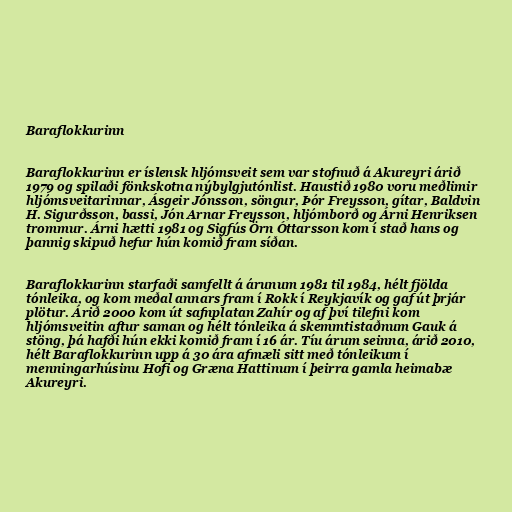
Baraflokkurinn

Baraflokkurinn er íslensk hljómsveit sem var stofnuð á Akureyri árið
1979 og spilaði fönkskotna nýbylgjutónlist. Haustið 1980 voru meðlimir
hljómsveitarinnar, Ásgeir Jónsson, söngur, Þór Freysson, gítar, Baldvin
H. Sigurðsson, bassi, Jón Arnar Freysson, hljómborð og Árni Henriksen
trommur. Árni hætti 1981 og Sigfús Örn Óttarsson kom í stað hans og
þannig skipuð hefur hún komið fram síðan.

Baraflokkurinn starfaði samfellt á árunum 1981 til 1984, hélt fjölda
tónleika, og kom meðal annars fram í Rokk í Reykjavík og gaf út þrjár
plötur. Árið 2000 kom út safnplatan Zahír og af því tilefni kom
hljómsveitin aftur saman og hélt tónleika á skemmtistaðnum Gauk á
stöng, þá hafði hún ekki komið fram í 16 ár. Tíu árum seinna, árið 2010,
hélt Baraflokkurinn upp á 30 ára afmæli sitt með tónleikum í
menningarhúsinu Hofi og Græna Hattinum í þeirra gamla heimabæ
Akureyri.